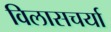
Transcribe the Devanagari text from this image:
विलासचर्या